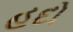
હદો